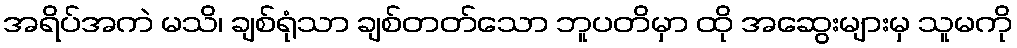
အရိပ်အကဲ မသိ၊ ချစ်ရုံသာ ချစ်တတ်သော ဘူပတိမှာ ထို အဆွေးများမှ သူမကို